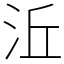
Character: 㳋